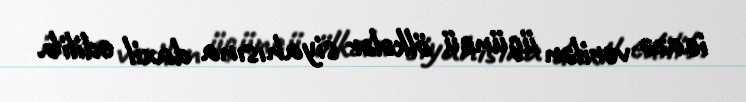
icazə verilən üçüncü ölkələr siyahısına daxil edilib.